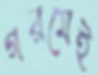
গরমেই